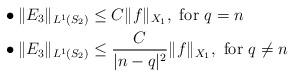
LaTeX: \begin{align*}&\bullet \Vert E_3 \Vert_{L^{1}(S_2)} \leq C\Vert f \Vert_{X_1}, \textrm{ for } q=n \\&\bullet\Vert E_3 \Vert_{L^{1}(S_2)} \leq \dfrac{C}{\vert n-q \vert^2}\Vert f \Vert_{X_1}, \textrm{ for } q \neq n\end{align*}